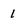
Character: 1